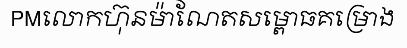
PMលោកហ៊ុនម៉ាណែតសម្ពោធគម្រោង